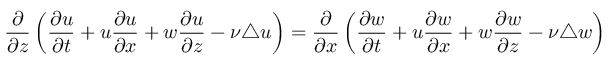
\frac { \partial } { \partial z } \left( \frac { \partial u } { \partial t } + u \frac { \partial u } { \partial x } + w \frac { \partial u } { \partial z } - \nu \triangle { u } \right) = \frac { \partial } { \partial x } \left( \frac { \partial { w } } { \partial t } + u \frac { \partial w } { \partial x } + w \frac { \partial w } { \partial z } - \nu \triangle { w } \right)